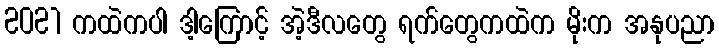
2021 ကထဲကပါ ဒါ့ကြောင့် အဲ့ဒီလတွေ ရက်တွေကထဲက မိုးက အနုပညာ